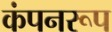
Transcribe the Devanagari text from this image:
कंपनरूप